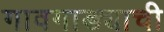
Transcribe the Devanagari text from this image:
गावगाड्याची